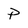
Character: P